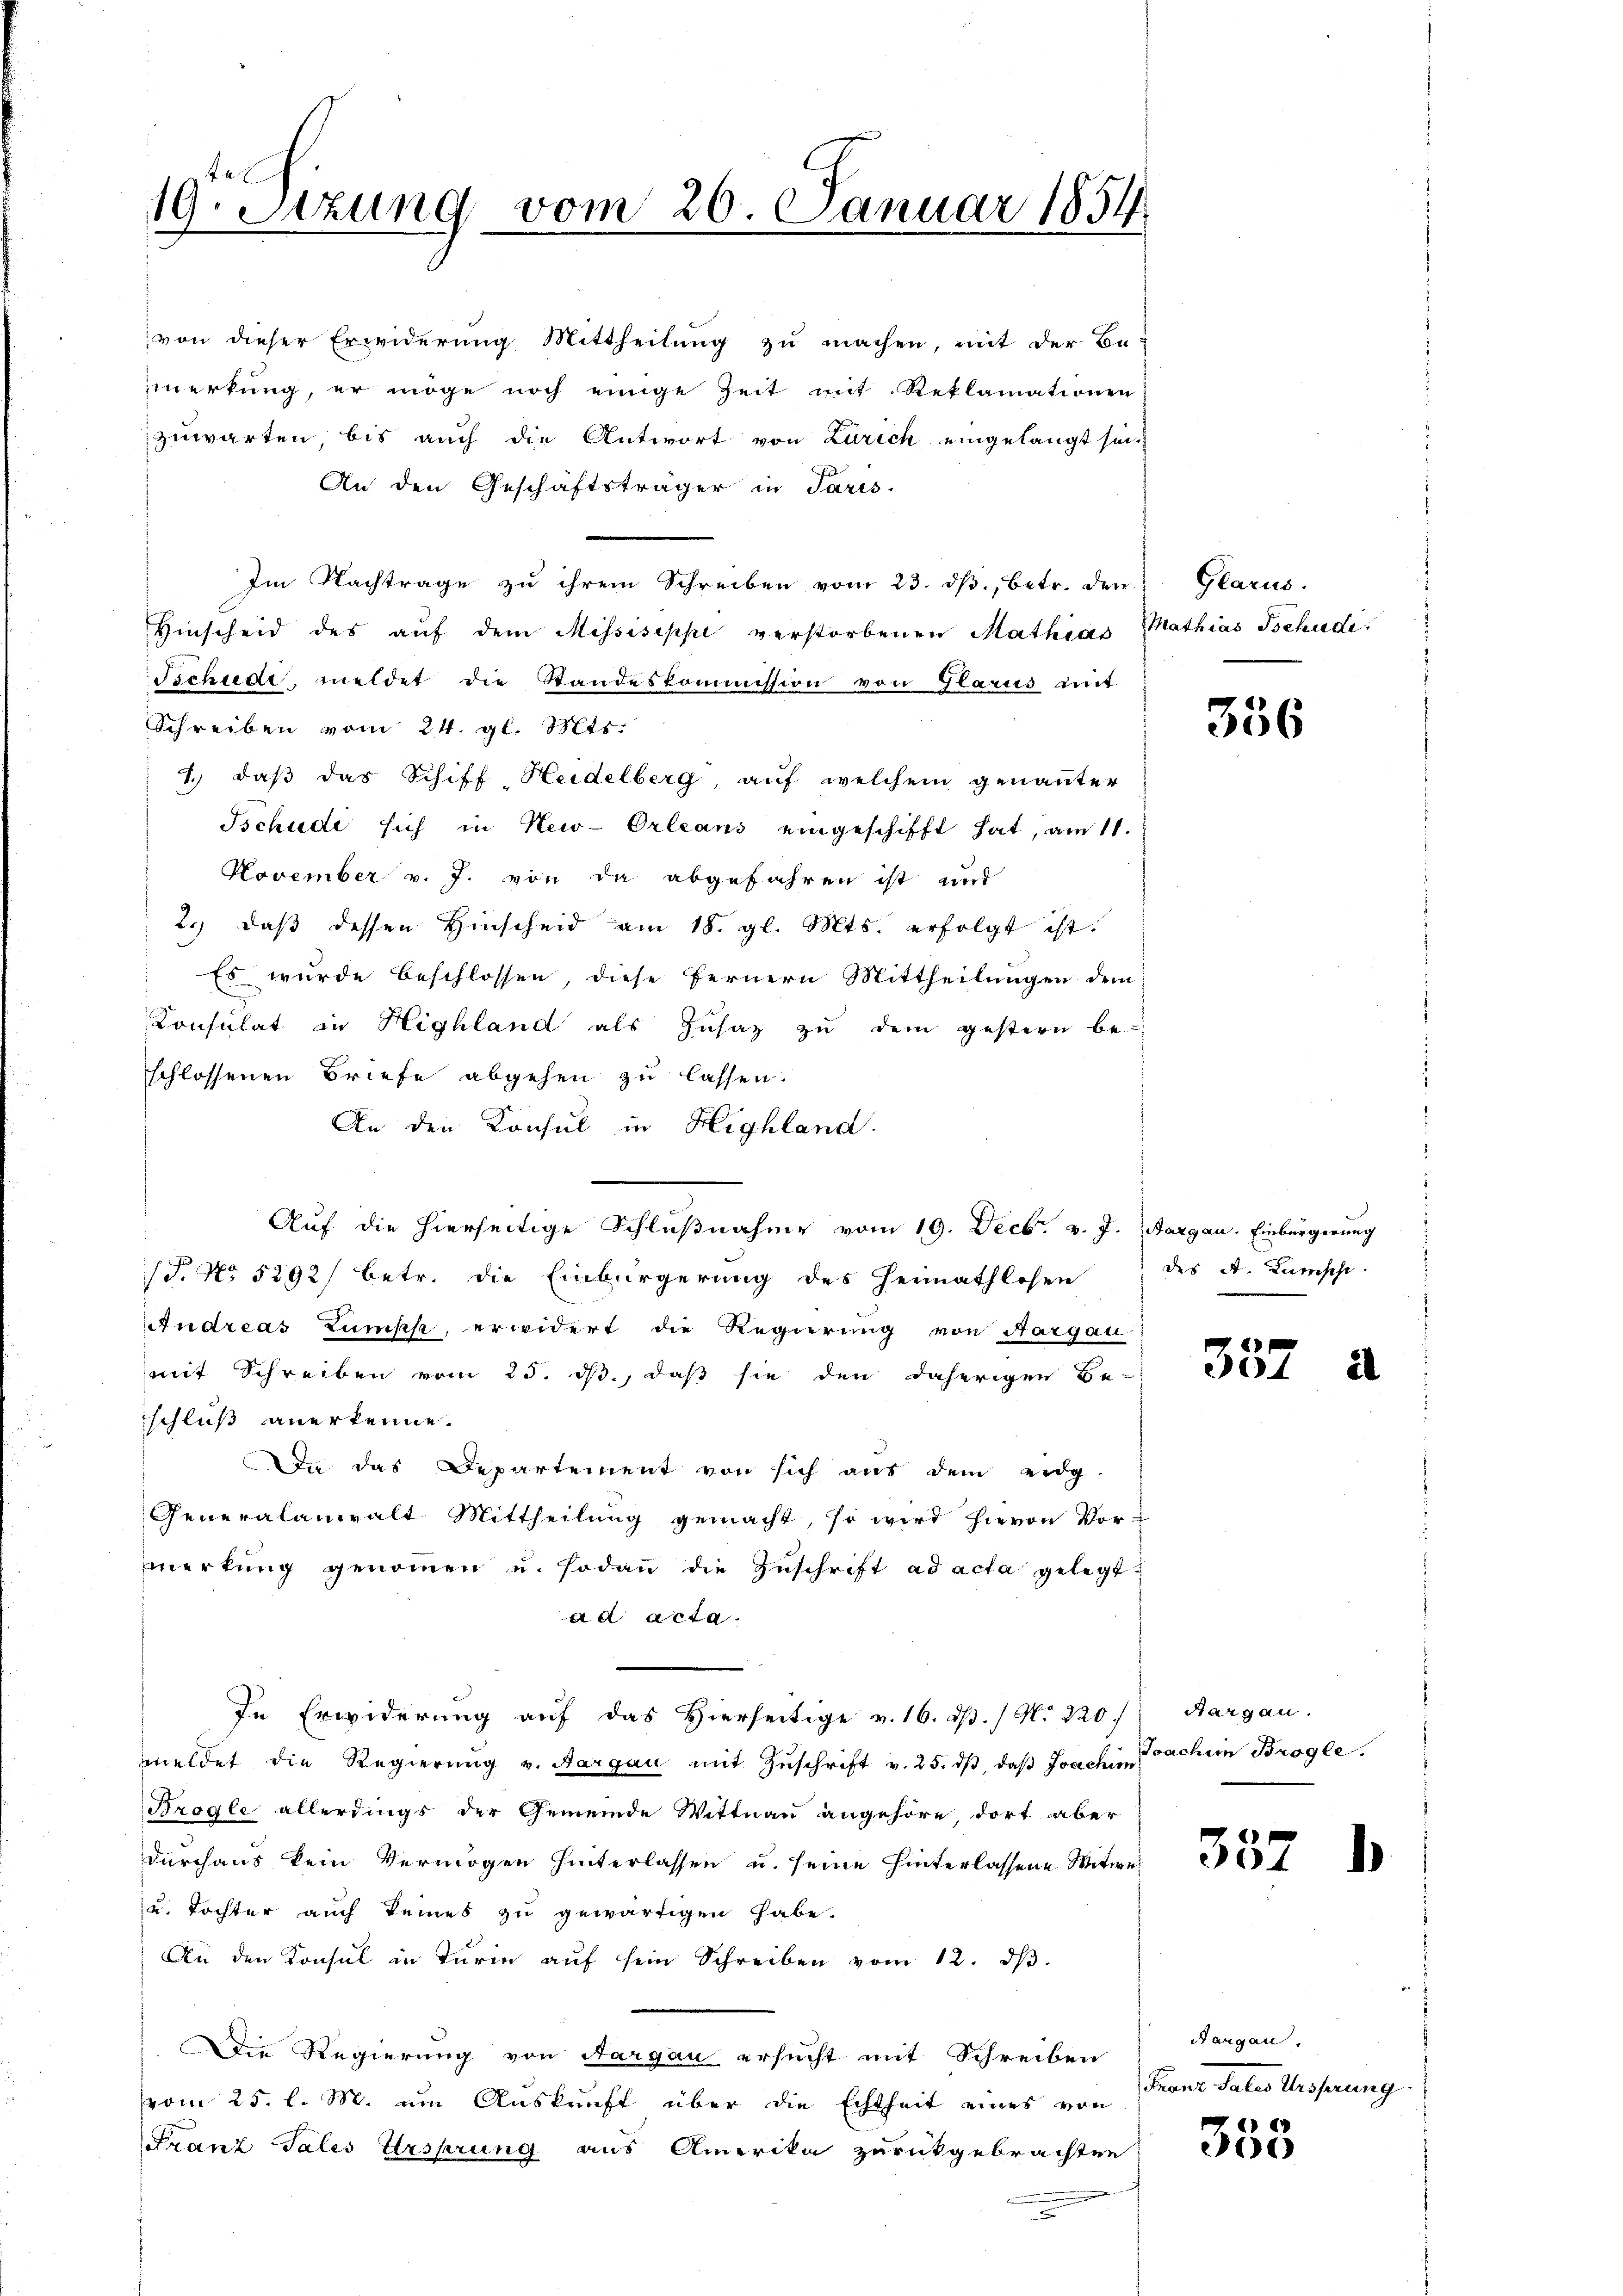
te
19. Sitzung vom 20. Januar 1854.

von dieser Erwiderung Mittheilung zu machen, mit der Be-
merkung, er möge noch einige Zeit mit Reklamationen
zuwarten, bis auch die Antwort von Zürich eingelangt sei
An den Geschäftsträger in Paris.
Im Nachträge zu ihrem Schreiben vom 23. dβ, betr. den
Hinscheid des aŭf dem Missiseppe verstorbenen Mathias Mathias Tschudi
Tschudi meldet die Standeskommission von Glarus mit
Schreiben vom 24. gl. Mts.
1.) daß das Schiff Heidelberg, auf welchem genannter
Tschudi sich in New-Orleans eingeschifft hat, am 11.
Hovember v. J. von da abgefahren ist mit
2.) daß dessen Hinscheid am 18. gl. Mts. erfolgt ist.
Es wurde beschlossen, diese Fernern Mittheilungen dem
Consulat in Highland als Zusatz zu dem gestern be-
schlossenen Briefe abgehen zu lassen.
An den Konsul in Highland
Auf die hierseitige Schlußnahme vom 19. Decbr. v. J. Aargau. Einbürgerung
T. No 5292/ betr. die Einbürgerung des Heimathlosen des A. Kumschi.
Andreas Zumps, erwidert die Regierung von Aargau
mit Schreiben vom 25. ds., daß sie den daherigen Be-
schluß anerkenne.
Da das Departement von sich aus dem eidg
Generalanwalt Mittheilung gemacht, so wird hievon Vor-
merkŭng genommen u. sodann die Zŭschrift ad acta gelegt:
ad acta.
In Erwiderung auf das Hierseitige v. 16. ds. / N. 220. Aargau.
meldet die Regierŭng v. Aargau mit Zŭschrift v. 25. dβ, daβ Joachinoachim Brogle
Brogle allerdings der Gemeinde Wittnau angehöre, dort aber
durchaus kein Vermögen hinterlassen u. seine hinterlassene Witwe¬
u. Tochter auch keines zu gewärtigen habe.
An den Konsul in Turie auf sein Schreiben vom 12. dβ.
Die Regierung von Aargau ersucht mit Schreiben
vom 25. l. M. um Auskunft über die Echtheit eines von
Franz Tales Ursprung aus Amerika zurückgebrachten

Glarus.

356

337

337

)

is

Aargau
Franz dates Ureferung